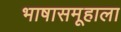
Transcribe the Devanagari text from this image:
भाषासमूहाला